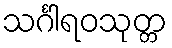
သင်္ဂါရဝသုတ္တ